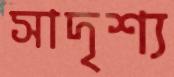
সাদৃশ্য